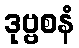
ဒုဗ္ဗစနံ